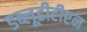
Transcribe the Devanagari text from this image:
डब्लूडीटीएन